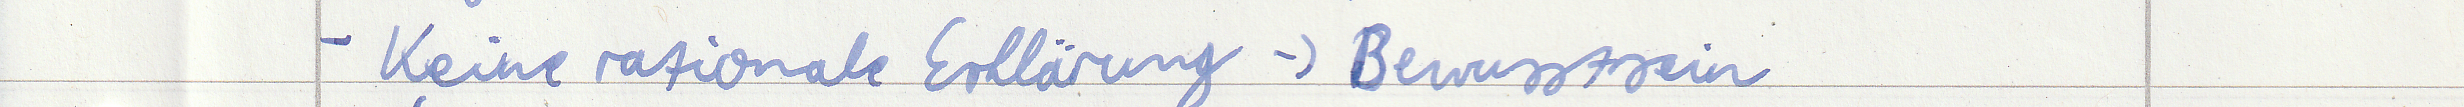
- Keine rationale Erklärung -> Bewusstsein